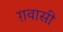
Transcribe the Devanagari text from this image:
ग़वासी